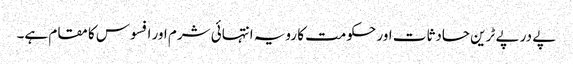
پے در پے ٹرین حادثات اور حکومت کا رویہ انتہائی شرم اور افسوس کا مقام ہے۔